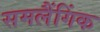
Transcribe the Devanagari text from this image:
समलैंगिंक